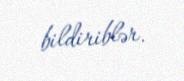
bildiriblər.